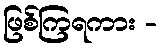
ဖြစ်ကြရကား -